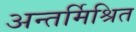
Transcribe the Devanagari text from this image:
अन्तर्मिश्रित